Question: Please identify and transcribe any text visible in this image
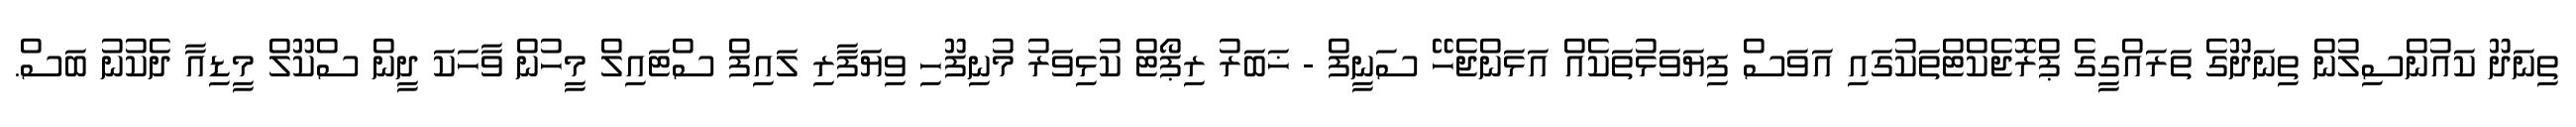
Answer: ތިނަދޫ ކައުންސިލުން ތިނަދޫގެ ތަރައްގީގެ ޕްރޮޖެކްޓްތަކުގައި އަވަސް ފިޔަވަޅުތަކެއް އަޅަންޖެހޭ ސަނީފް - ޚަބަރު ރިޕޯޓް ކުޅިވަރު މުނިފޫހި ވިޔަފާރި ލައިފް ސްޓައިލް މީހުން ވާހަކަ ދީން ސްކޫލް މީޑިއާ ދެކުނު ބަސް.